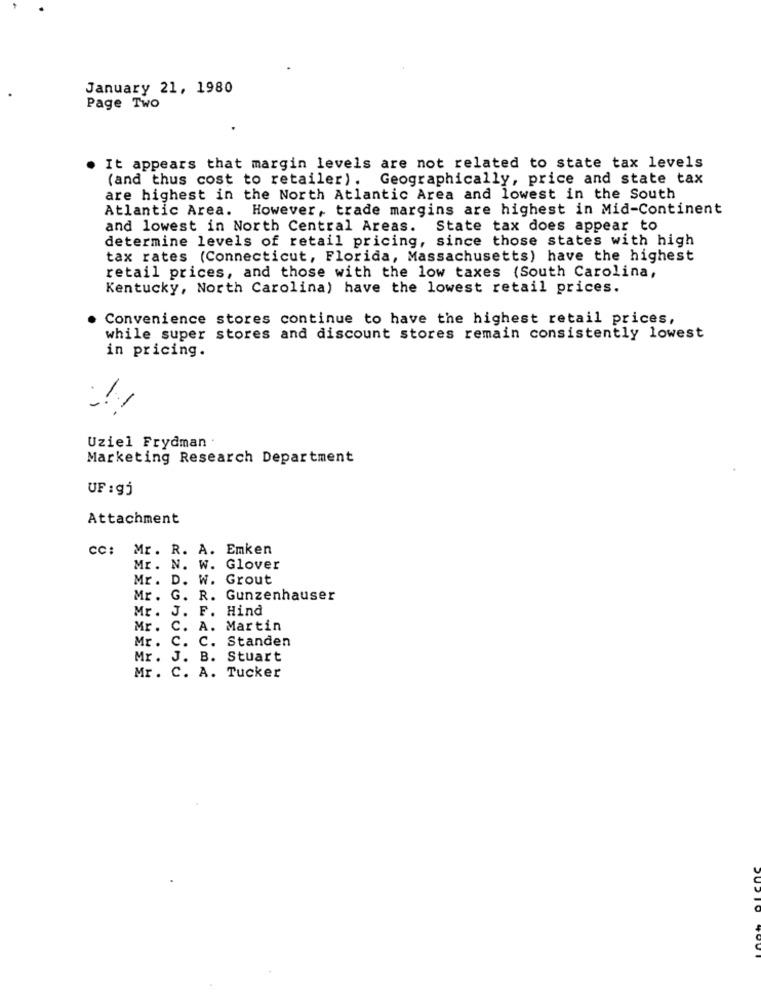
January 21, 1980
Page Two
It appears that margin levels are not related to state tax levels
(and thus cost to retailer). Geographically, price and state tax
are highest in the North Atlantic Area and lowest in the South
Atlantic Area. However, trade margins are highest in Mid-Continent
and lowest in North Central Areas. State tax does appear to
determine levels of retail pricing, since those states with high
tax rates (Connecticut, Florida, Massachusetts) have the highest
retail prices, and those with the low taxes (South Carolina,
Kentucky, North Carolina) have the lowest retail prices.
Convenience stores continue to have the highest retail prices,
while super stores and discount stores remain consistently lowest
in pricing.
Uziel Frydman
Marketing Research Department
UF : gj
Attachment
CC: Mr. R. A. Emken
Mr. N. W. Glover
Mr. D. W. Grout
Mr. G. R. Gunzenhauser
Mr. J. F. Hind
Mr. C.
A. Martin
Mr. C.
C. Standen
Mr. J. B. Stuart
Mr. C. A. Tucker